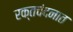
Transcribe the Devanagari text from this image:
रक्तचंदनात